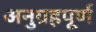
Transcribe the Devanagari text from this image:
अनुग्रहपूर्ण